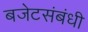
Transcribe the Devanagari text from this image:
बजेटसंबंधी